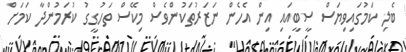
ބެލި ކަމުގައިވިޔަސް ސީބީއައި އިން އެހެން ނަޒަރުތަކުންވެސް މިކޭސް ތަހުގީގު ކުރަމުންދާ ކަމަށް